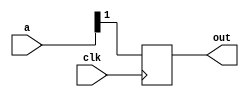
module always_source_part_select(
	input clk, 
	input [1:0] a, 
	output reg out
);

	always @(posedge clk) begin
		out <= a[1];
	end

endmodule